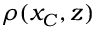
\rho ( x _ { C } , z )